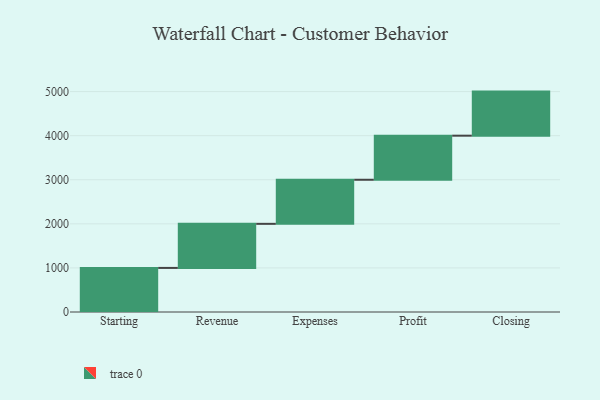
{"axis": {"x": "Step", "y": "Value"}, "legend": [""], "data": [{"x": "Starting", "y": 1000, "type": ""}, {"x": "Revenue", "y": 1000, "type": ""}, {"x": "Expenses", "y": 1000, "type": ""}, {"x": "Profit", "y": 1000, "type": ""}, {"x": "Closing", "y": 1000, "type": ""}]}